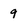
Character: 9